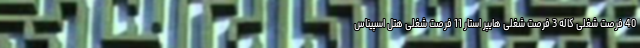
40 فرصت شغلی کاله 3 فرصت شغلی هایپر استار 11 فرصت شغلی هتل اسپیناس